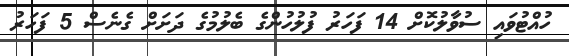
ހުއްޓުވައި ސުވާލުކޮށް 14 ފަހަރު ފުލުހުންގެ ބެލުމުގެ ދަށަށް ގެނެސް 5 ފަހަރު